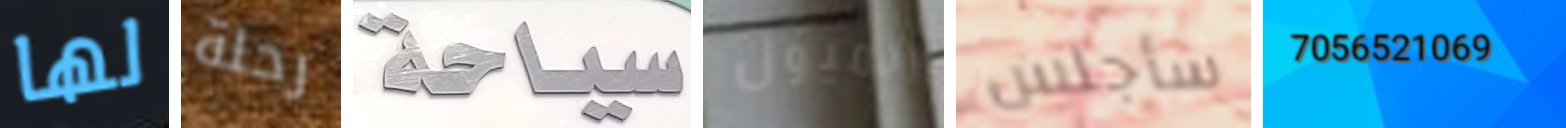
لها رحلة سياحة الميول سأجلس 7056521069